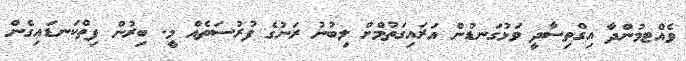
ވެއްޓމުންދާ އިގްތިސާދީ ވަޅުގަނޑުން އަރައިގަތުމްށް ލިބުނު ރަނުގެ ފުރުސަތެއް މީ. ބިރުން ފިތްކަނޑައިގެން